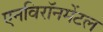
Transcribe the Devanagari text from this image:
एनविरॉनमेंटल